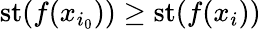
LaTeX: \mathrm{{st}}(f(x_{i_{0}}))\geq\mathrm{{st}}(f(x_{i}))